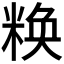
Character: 𱹒